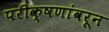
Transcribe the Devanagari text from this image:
परीक्षणांवरून